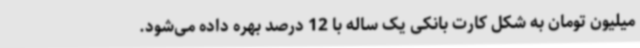
میلیون تومان به شکل کارت بانکی یک ساله با 12 درصد بهره داده می‌شود.